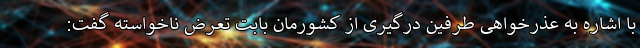
با اشاره به عذرخواهی طرفین درگیری از کشورمان بابت تعرض ناخواسته گفت: